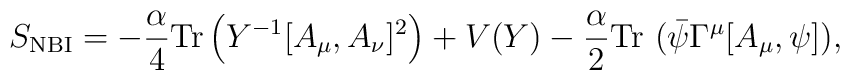
S_{\rm NBI}=-\frac{\alpha}{4}{\rm Tr}\left(Y^{-1}[A_\mu,A_\nu]^2\right)+V(Y)-\frac{\alpha}{2}{\rm Tr}~(\bar{\psi}\Gamma^\mu[A_\mu,\psi]),